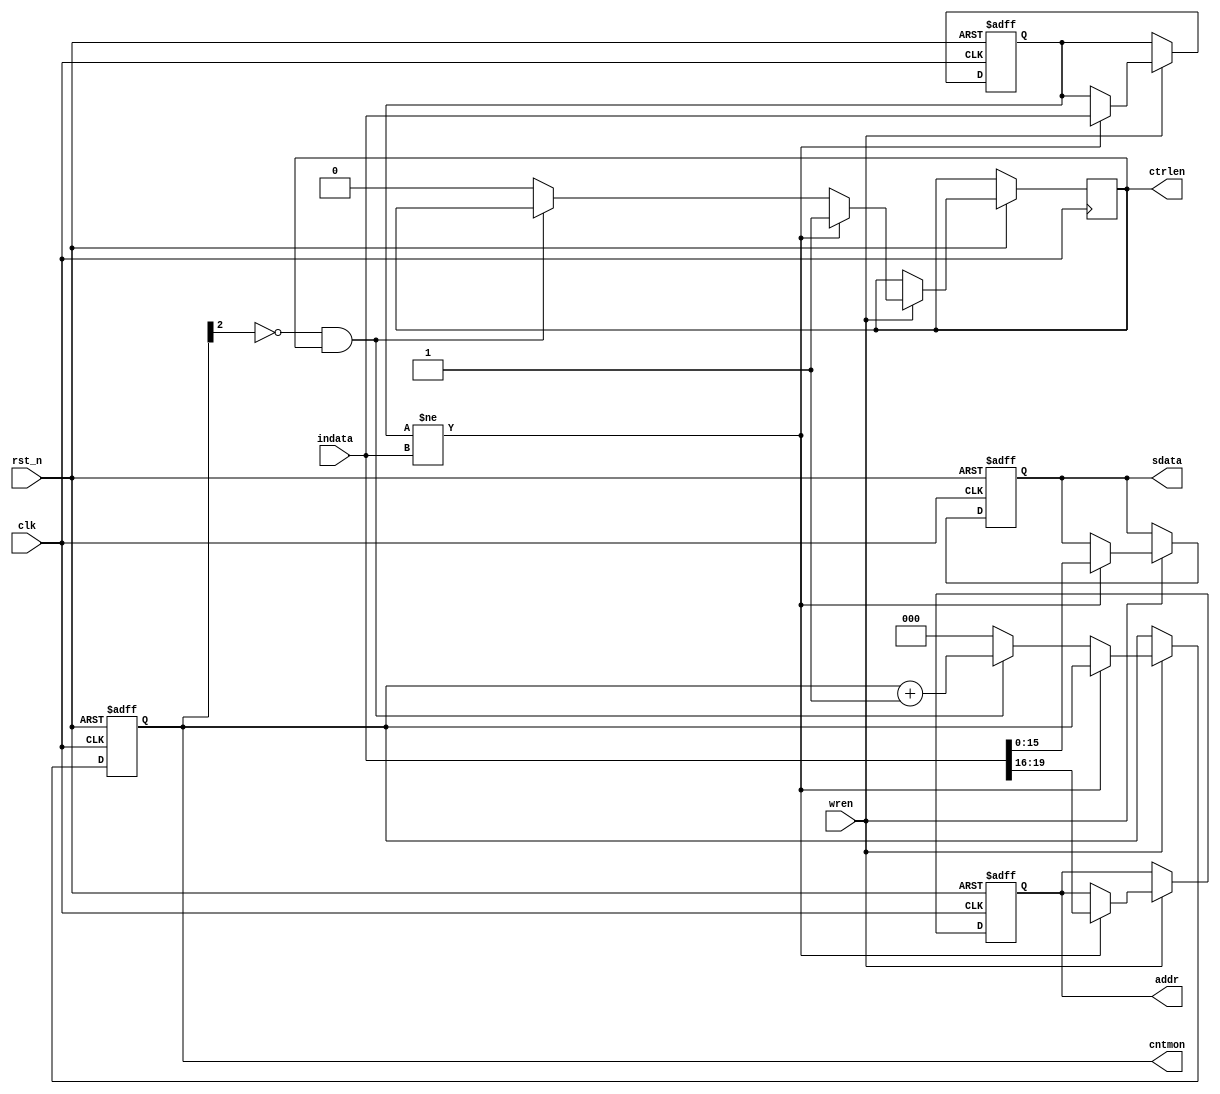
module SPI_COMMGEN (
  input         clk, 
  input         rst_n,
  input         wren,
  input  [31:0] indata, 
  output        ctrlen,
  output  [3:0] addr,
  output [15:0] sdata,
  output  [2:0] cntmon
  );
  
  
  // temporary stored register
  reg        ctrl_tmp;
  reg  [3:0] addr_tmp;
  reg [15:0] sdat_tmp;
  reg [31:0] data_str;
  reg  [2:0] cnt;
  

  always @(negedge rst_n or posedge clk) begin 
    if (~rst_n) begin
	   addr_tmp <=  4'h0;
		sdat_tmp <= 16'hFFFF;
		data_str <= 32'h00000000;
		cnt      <=  3'b000;
	 end
	 else begin 
	   if (wren) begin  
	     if (data_str!=indata) begin 
		    data_str <= indata;
		    addr_tmp <= indata[19:16];
		    sdat_tmp <= indata[15:0];
			 ctrl_tmp <= 1'b1;
		  end
		  else begin
		    if (cnt[2]==1'b0 & ctrl_tmp) begin 
			   cnt <= cnt + 1'b1;
			 end
			 else begin 
		      ctrl_tmp <= 1'b0;
			   cnt <= 3'b000;
			 end	
		  end
		end
	 end
  end
  
  assign ctrlen = ctrl_tmp;
  assign addr   = addr_tmp;
  assign sdata  = sdat_tmp;
  
  assign cntmon = cnt;

endmodule